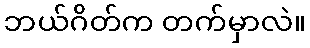
ဘယ်ဂိတ်က တက်မှာလဲ။